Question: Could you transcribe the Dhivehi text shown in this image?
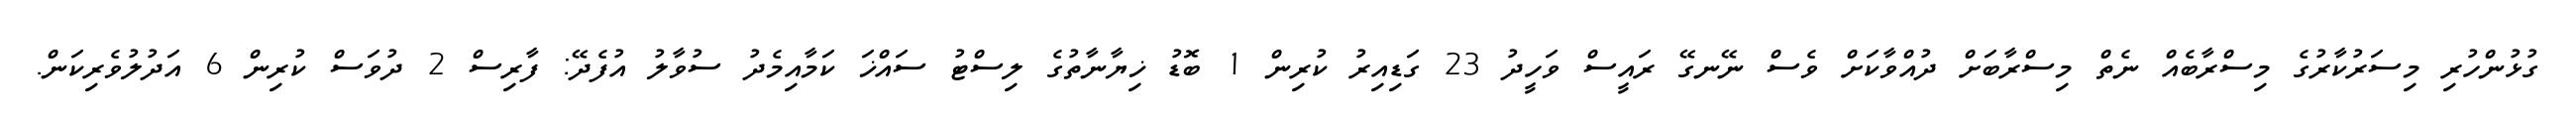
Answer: ގުޅުންހުރި މިސަރުކާރުގެ މިސްރާބެއް ނެތް މިސްރާބަށް ދުއްވާކަށް ވެސް ނޭނގޭ ރައީސް ވަހީދު 23 ގަޑިއިރު ކުރިން 1 ބޮޑު ޚިޔާނާތުގެ ލިސްޓު ސައްޚަ ކަމާއިމެދު ސުވާލު އުފެދޭ: ފާރިސް 2 ދުވަސް ކުރިން 6 އަދުލުވެރިކަން.